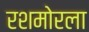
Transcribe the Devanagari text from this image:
रशमोरला